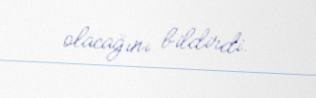
olacağını bildirdi.